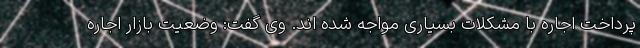
پرداخت اجاره با مشکلات بسیاری مواجه شده اند. وی گفت: وضعیت بازار اجاره